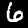
Label: 6